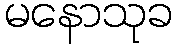
မနောသုခ